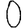
Digit: 0